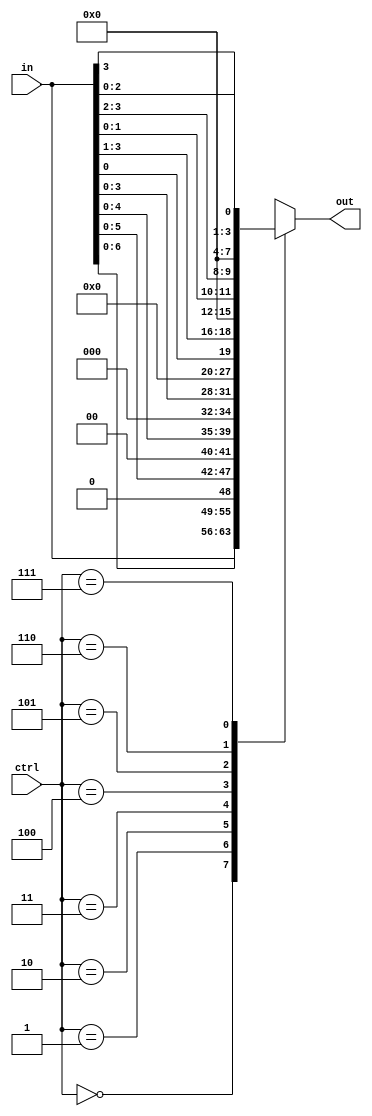
`timescale 1ns / 1ps
//////////////////////////////////////////////////////////////////////////////////
// Company: 
// 
// Design Name: 
// Module Name: bit_shifter_rotator
// Project Name: 
// Target Devices: 
// Tool Versions: 
// Description: 
// 
// Dependencies: 
// 
// Revision:
// Revision 0.01 - File Created
// Additional Comments:
// 
//////////////////////////////////////////////////////////////////////////////////


module bit_shifter_rotator(ctrl, in, out);
input [2:0] ctrl;
input [7:0] in;
output reg [7:0] out;


always @(*)
begin
//assign tmp = in;
    case(ctrl)
        3'b000: out <= in;
        3'b001: out <= in << 1;
        3'b010: out <= in << 2;
        3'b011: out <= in << 3;
        3'b100: out <= in << 4;
        3'b101: out <= {in[0], in[3:1]};
        3'b110: out <= {in[1:0], in[3:2]};
        3'b111: out <= {in[2:0], in[3]};
     endcase
end
    
endmodule